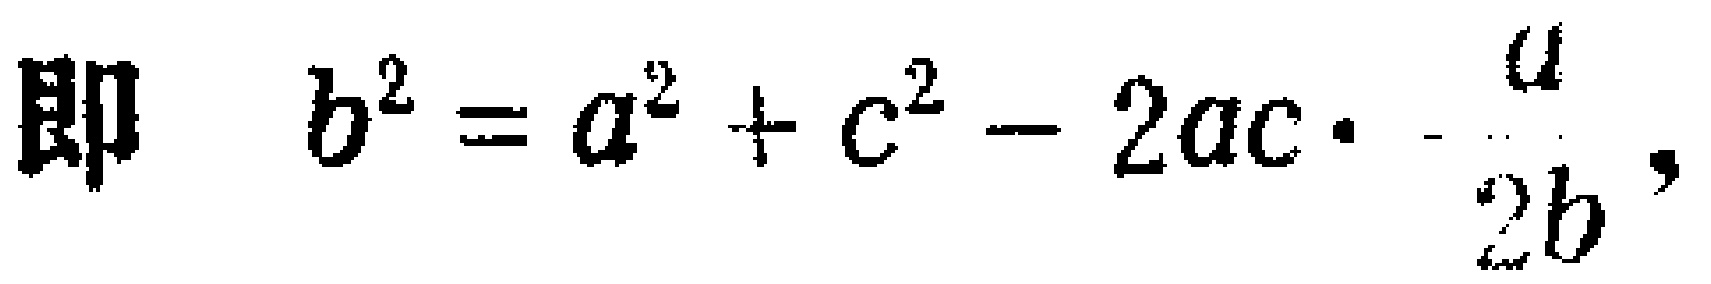
即 \(b^{2}=a^{2}+c^{2}-2ac\cdot\frac{a}{2b}\)，